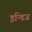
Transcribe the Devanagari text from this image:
इन्डिज